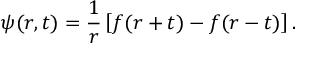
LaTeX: \psi ( r , t ) = { \frac { 1 } { r } } \left[ f ( r + t ) - f ( r - t ) \right] .